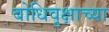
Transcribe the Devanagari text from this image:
बोधिवृक्षाच्या